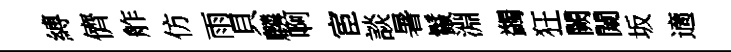
縛儕舴仿雨貝麟啊宦談暑鬣淵蠲狂闕闚坂適